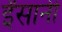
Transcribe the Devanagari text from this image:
ईंसानी